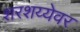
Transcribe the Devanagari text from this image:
शरशय्येवर